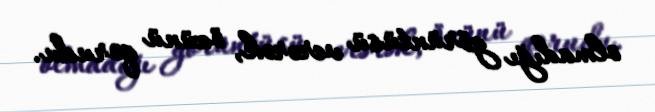
olmadığı görüntüsü verərək, özünü qorudu.